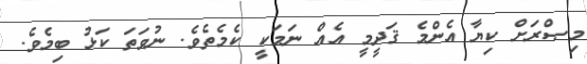
މިޞްރަށް ކިޔާ އެންމެ ޤަދީމީ އެއް ނަމަކީ ކެމެތެވެ. ނުވަތަ ކަޅު ބިމެވެ.